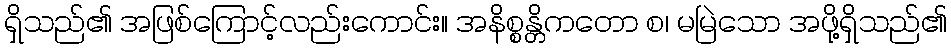
ရှိသည်၏ အဖြစ်ကြောင့်လည်းကောင်း။ အနိစ္စန္တိကတော စ၊ မမြဲသော အဖို့ရှိသည်၏